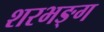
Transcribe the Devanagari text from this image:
शरभङ्ग